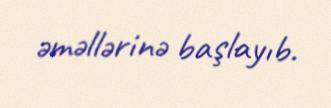
əməllərinə başlayıb.